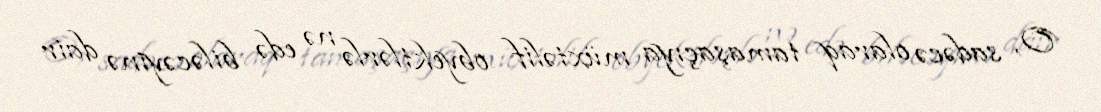
O, sadəcə olaraq tamaşaçıya müxtəlif obyektlərlə nə edə biləcəyinə dair